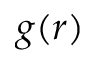
g ( r )